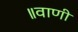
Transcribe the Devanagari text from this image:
॥वाणी